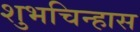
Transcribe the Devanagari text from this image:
शुभचिन्हास